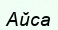
Айса